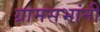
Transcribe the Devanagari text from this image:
ग्रामसभांनी